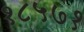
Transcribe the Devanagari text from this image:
१८५७१